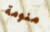
منومة